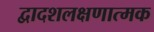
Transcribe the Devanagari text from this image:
द्वादशलक्षणात्मक